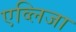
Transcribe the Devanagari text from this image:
एव्लिजा